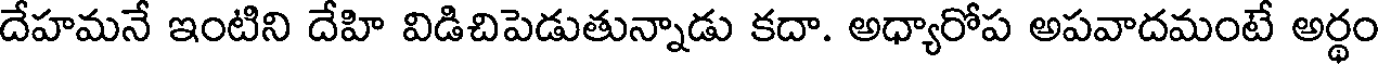
దేహమనే ఇంటిని దేహి విడిచిపెడుతున్నాడు కదా. అధ్యారోప అపవాదమంటే అర్థం